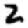
Digit: 2